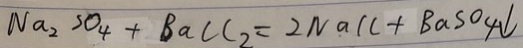
N a _ { 2 } S O _ { 4 } + B a C l _ { 2 } = 2 N a C l + B a S O _ { 4 } \downarrow